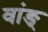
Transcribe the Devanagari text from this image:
वांङ्‌